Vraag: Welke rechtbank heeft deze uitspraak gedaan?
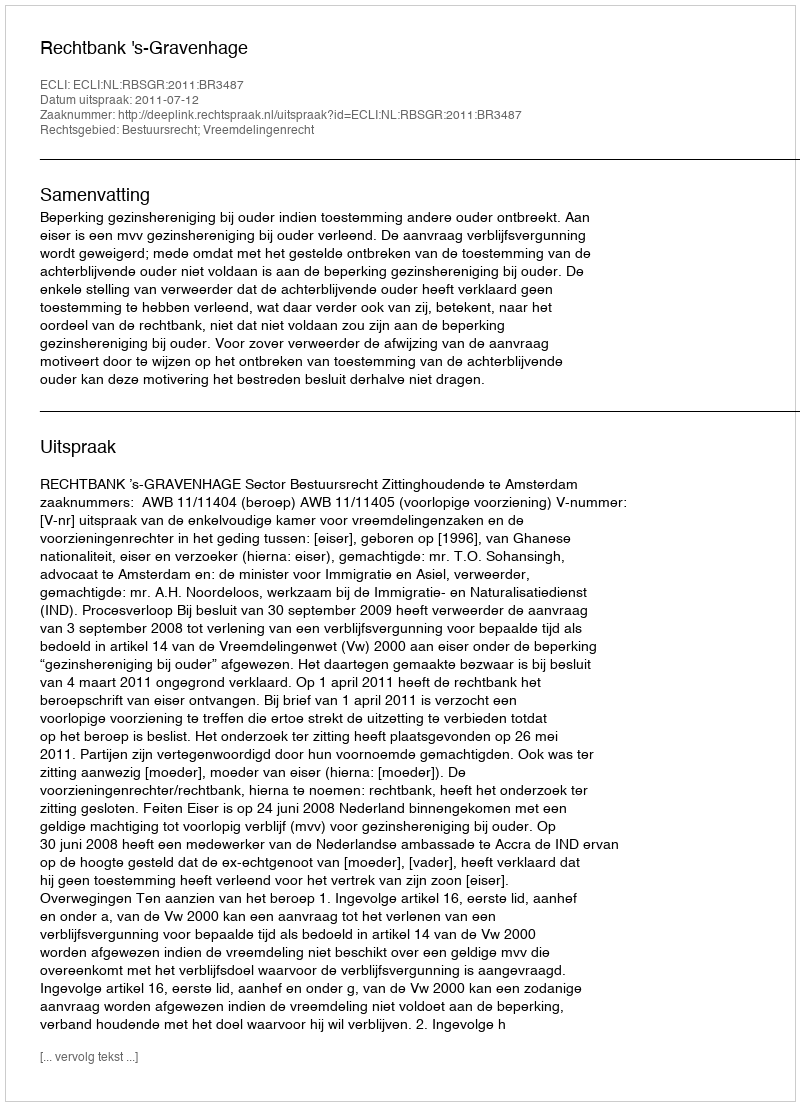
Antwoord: Rechtbank 's-Gravenhage